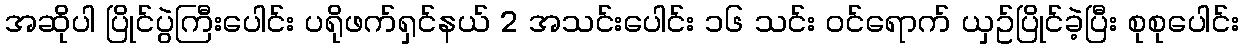
အဆိုပါ ပြိုင်ပွဲကြီးပေါင်း ပရိုဖက်ရှင်နယ် 2 အသင်းပေါင်း ၁၆ သင်း ဝင်ရောက် ယှဥ်ပြိုင်ခဲ့ပြီး စုစုပေါင်း